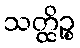
သတ္ထိဉ္စ